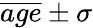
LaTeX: \overline{{age}}\pm\sigma